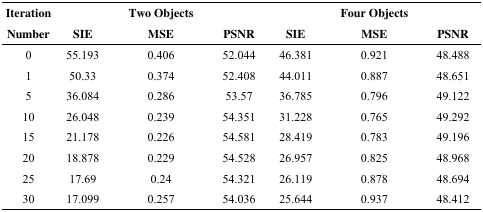
| Iteration Number | SIE | Two Objects MSE | PSNR | SIE | Four Objects MSE | PSNR |
 | --- | --- | --- | --- | --- | --- | --- |
 | 0 | 55.193 | 0.406 | 52.044 | 46.381 | 0.921 | 48.488 |
 | 1 | 50.33 | 0.374 | 52.408 | 44.011 | 0.887 | 48.651 |
 | 5 | 36.084 | 0.286 | 53.57 | 36.785 | 0.796 | 49.122 |
 | 10 | 26.048 | 0.239 | 54.351 | 31.228 | 0.765 | 49.292 |
 | 15 | 21.178 | 0.226 | 54.581 | 28.419 | 0.783 | 49.196 |
 | 20 | 18.878 | 0.229 | 54.528 | 26.957 | 0.825 | 48.968 |
 | 25 | 17.69 | 0.24 | 54.321 | 26.119 | 0.878 | 48.694 |
 | 30 | 17.099 | 0.257 | 54.036 | 25.644 | 0.937 | 48.412 |